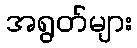
အရွတ်များ